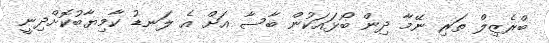
ބްރެޒިލް ތަރި ނޭމާ ދިން ބޯޅައަކުން ބާސާ އަށް އެ ލަނޑު ކާމިޔާބުކޮށްދިނީ